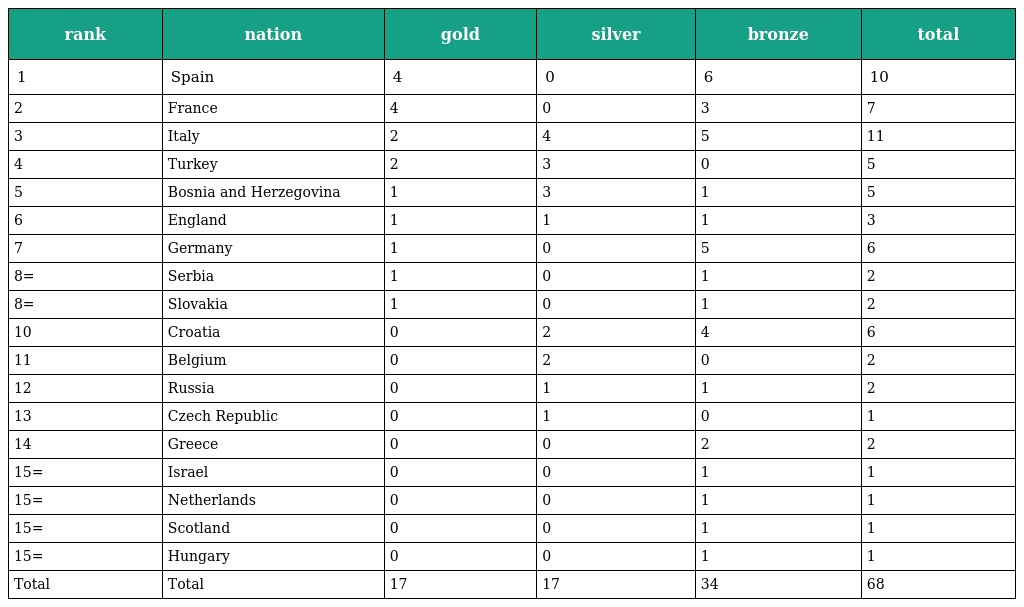
| rank | nation | gold | silver | bronze | total |
 | --- | --- | --- | --- | --- | --- |
 | 1 | Spain | 4 | 0 | 6 | 10 |
 | 2 | France | 4 | 0 | 3 | 7 |
 | 3 | Italy | 2 | 4 | 5 | 11 |
 | 4 | Turkey | 2 | 3 | 0 | 5 |
 | 5 | Bosnia and Herzegovina | 1 | 3 | 1 | 5 |
 | 6 | England | 1 | 1 | 1 | 3 |
 | 7 | Germany | 1 | 0 | 5 | 6 |
 | 8= | Serbia | 1 | 0 | 1 | 2 |
 | 8= | Slovakia | 1 | 0 | 1 | 2 |
 | 10 | Croatia | 0 | 2 | 4 | 6 |
 | 11 | Belgium | 0 | 2 | 0 | 2 |
 | 12 | Russia | 0 | 1 | 1 | 2 |
 | 13 | Czech Republic | 0 | 1 | 0 | 1 |
 | 14 | Greece | 0 | 0 | 2 | 2 |
 | 15= | Israel | 0 | 0 | 1 | 1 |
 | 15= | Netherlands | 0 | 0 | 1 | 1 |
 | 15= | Scotland | 0 | 0 | 1 | 1 |
 | 15= | Hungary | 0 | 0 | 1 | 1 |
 | Total | Total | 17 | 17 | 34 | 68 |